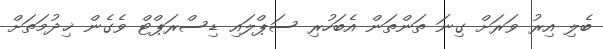
ބެލި އިރު ވަރަށް ގިނަ ތަންތަން އެބަހުރި ސަޕްލައި ޑިސްރަޕްޓް ވެގެން ޚިދުމަތަށް